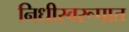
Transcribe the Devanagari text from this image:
निधीस्वरूपात